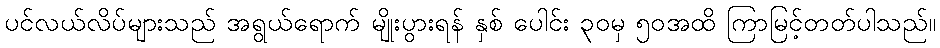
ပင်လယ်လိပ်များသည် အရွယ်ရောက် မျိုးပွားရန် နှစ် ပေါင်း ၃၀မှ ၅၀အထိ ကြာမြင့်တတ်ပါသည်။